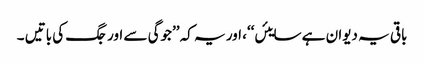
باقی یہ دیوان ہے سایئں‘‘، اور یہ کہ ’’جوگی سے اور جگ کی باتیں ۔